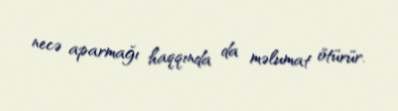
necə aparmağı haqqında da məlumat ötürür.